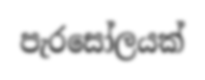
පැරසෝලයක්